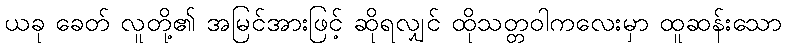
ယခု ခေတ် လူတို့၏ အမြင်အားဖြင့် ဆိုရလျှင် ထိုသတ္တဝါကလေးမှာ ထူဆန်းသော